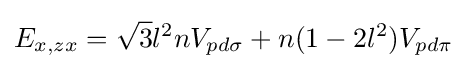
E_{x,zx}={\sqrt {3}}l^{2}nV_{pd\sigma }+n(1-2l^{2})V_{pd\pi }